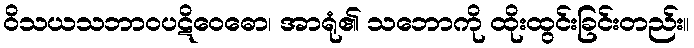
ဝိသယသဘာဝပဋိဝေဓော၊ အာရုံ၏ သဘောကို ထိုးထွင်းခြင်းတည်း။